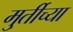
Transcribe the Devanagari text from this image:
मु्र्तीच्या